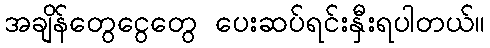
အချိန်တွေငွေတွေ ပေးဆပ်ရင်းနှီးရပါတယ်။